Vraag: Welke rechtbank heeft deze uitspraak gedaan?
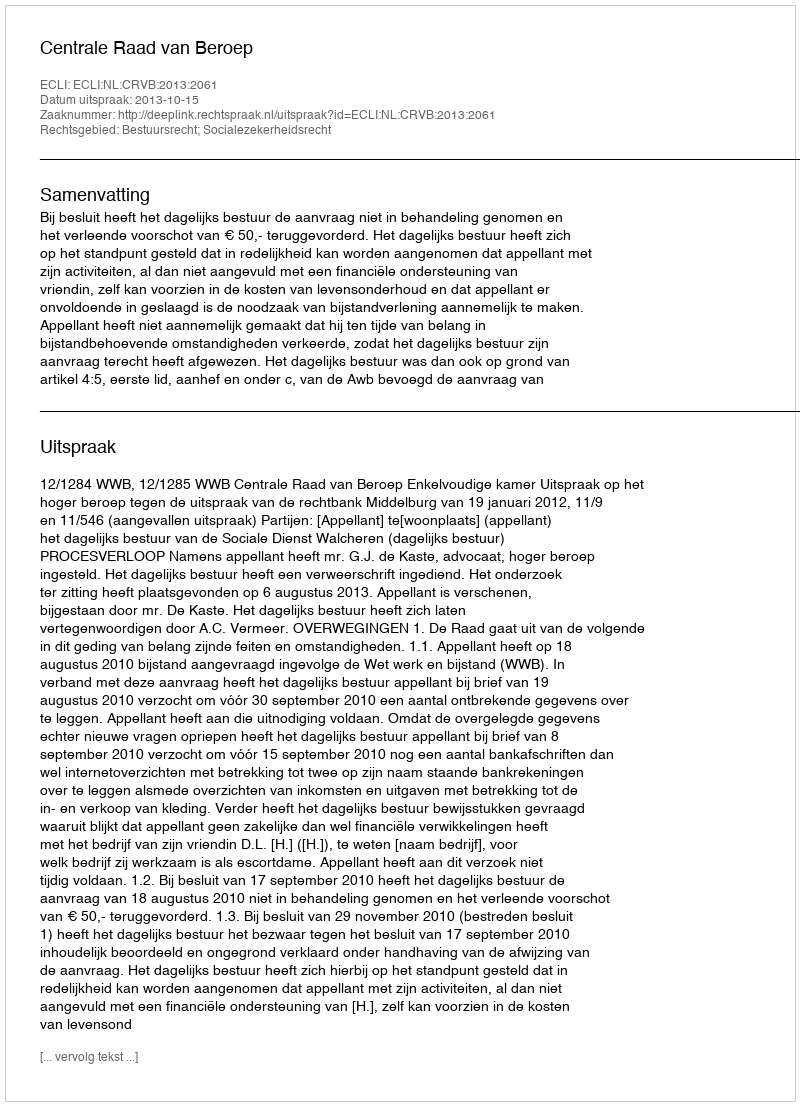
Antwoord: Centrale Raad van Beroep